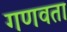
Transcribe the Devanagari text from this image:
गणवता